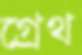
গ্রেথ